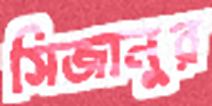
সিজানুর